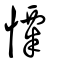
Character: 憟